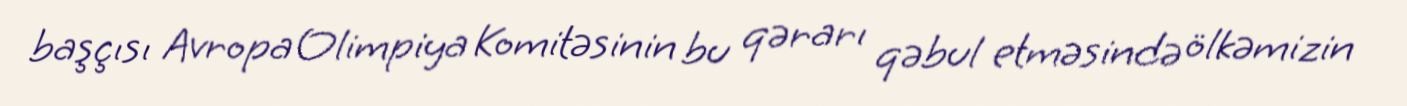
başçısı Avropa Olimpiya Komitəsinin bu qərarı qəbul etməsində ölkəmizin